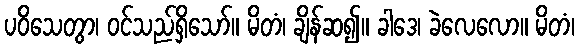
ပဝိသေတွာ၊ ဝင်သည်ရှိသော်။ မိတံ၊ ချိန်ဆ၍။ ခါဒေ၊ ခဲလေလော။ မိတံ၊